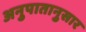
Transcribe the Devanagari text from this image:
अनुपातानुसार